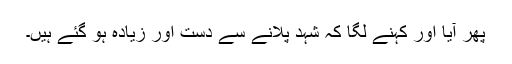
پھر آیا اور کہنے لگا کہ شہد پلانے سے دست اور زیادہ ہو گئے ہیں۔